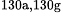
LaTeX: ^\textrm{\scriptsize 130a,130g}